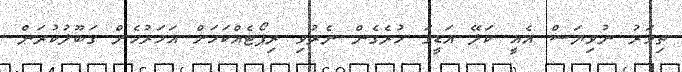
ތިވަރު ނުވިޔަސް އެއީ ކަލޭ އަޑީގަ ހުރެގެން ނެރުވި ރިޕޯޓެއްކަމަށް އަހަރުމެން ގަބޫލުކުރަން